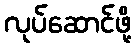
လုပ်ဆောင်ဖို့